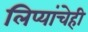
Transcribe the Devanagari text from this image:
लिप्यांचेही